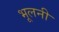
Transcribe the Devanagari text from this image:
भूलनी